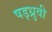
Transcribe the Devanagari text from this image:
षड्ध्रुवी